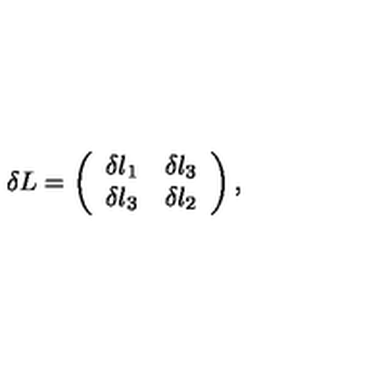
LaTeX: \delta L = \left( \begin{array} { c r c } { \delta l _ { 1 } } & { \delta l _ { 3 } } \\ { \delta l _ { 3 } } & { \delta l _ { 2 } } \\ \end{array} \right) ,